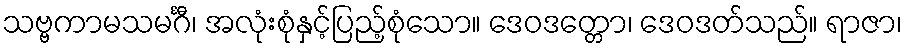
သဗ္ဗကာမသမင်္ဂီ၊ အလုံးစုံနှင့်ပြည့်စုံသော။ ဒေဝဒတ္တော၊ ဒေဝဒတ်သည်။ ရာဇာ၊